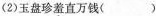
(3)长风破浪会有时( )(4)到乡翻似烂柯人( )